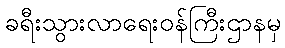
ခရီးသွားလာရေးဝန်ကြီးဌာနမှ